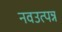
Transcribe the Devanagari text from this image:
नवउत्पन्न